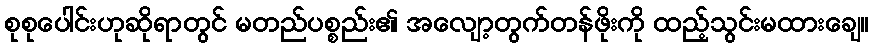
စုစုပေါင်းဟုဆိုရာတွင် မတည်ပစ္စည်း၏ အလျော့တွက်တန်ဖိုးကို ထည့်သွင်းမထားချေ။